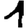
Digit: 1